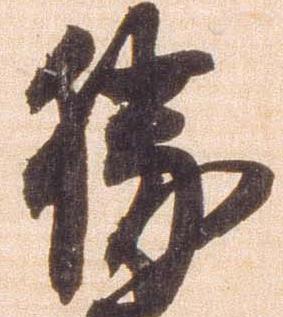
勝